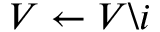
V \leftarrow V \backslash i